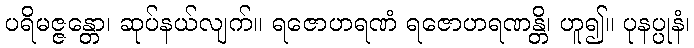
ပရိမဇ္ဇန္တော၊ ဆုပ်နယ်လျက်။ ရဇောဟရဏံ ရဇောဟရဏန္တိ၊ ဟူ၍။ ပုနပ္ပုနံ၊